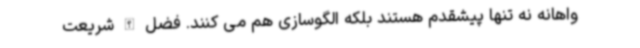
واهانه نه تنها پیشقدم هستند بلکه الگوسازی هم می کنند. فضل الله شریعت